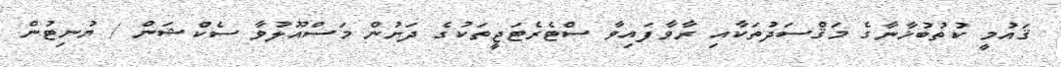
ޤައުމީ ކުތުބުޚާނާގެ މަޤްސަދުތަކާއި ރާވާފައިވާ ސްޓެރެޓަޖީތަކުގެ ދަށުން މަސްއޫލުވާ ސެކްޝަން / ޔުނިޓުން